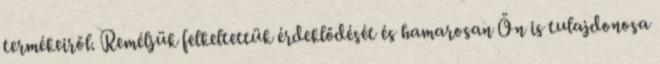
termékeiről. Reméljük felkeltettük érdeklődését és hamarosan Ön is tulajdonosa